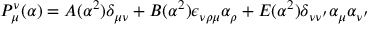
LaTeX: P _ { \mu } ^ { \nu } ( \alpha ) = A ( \alpha ^ { 2 } ) \delta _ { \mu \nu } + B ( \alpha ^ { 2 } ) \epsilon _ { \nu \rho \mu } \alpha _ { \rho } + E ( \alpha ^ { 2 } ) \delta _ { \nu \nu ^ { \prime } } \alpha _ { \mu } \alpha _ { \nu ^ { \prime } }